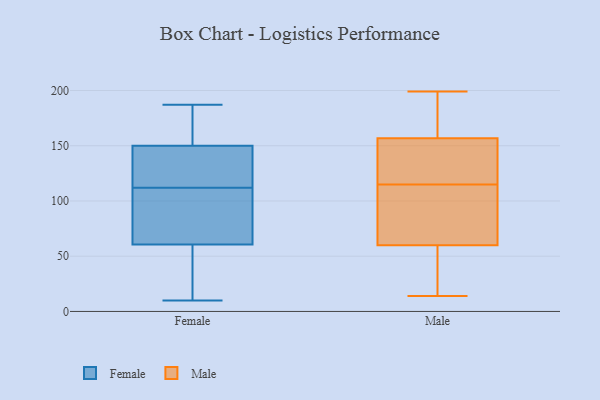
{"axis": {"x": "Market Share (%)", "y": "Value"}, "legend": ["Female", "Male"], "data": [{"x": "", "y": 160, "type": "Female"}, {"x": "", "y": 187, "type": "Female"}, {"x": "", "y": 112, "type": "Female"}, {"x": "", "y": 58, "type": "Female"}, {"x": "", "y": 10, "type": "Female"}, {"x": "", "y": 154, "type": "Female"}, {"x": "", "y": 138, "type": "Female"}, {"x": "", "y": 68, "type": "Female"}, {"x": "", "y": 113, "type": "Female"}, {"x": "", "y": 45, "type": "Female"}, {"x": "", "y": 99, "type": "Female"}, {"x": "", "y": 151, "type": "Male"}, {"x": "", "y": 146, "type": "Male"}, {"x": "", "y": 199, "type": "Male"}, {"x": "", "y": 14, "type": "Male"}, {"x": "", "y": 174, "type": "Male"}, {"x": "", "y": 65, "type": "Male"}, {"x": "", "y": 64, "type": "Male"}, {"x": "", "y": 184, "type": "Male"}, {"x": "", "y": 48, "type": "Male"}, {"x": "", "y": 42, "type": "Male"}, {"x": "", "y": 85, "type": "Male"}, {"x": "", "y": 115, "type": "Male"}, {"x": "", "y": 139, "type": "Male"}]}